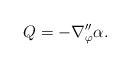
\begin{align*}Q=-\nabla^{\prime\prime}_\varphi\alpha. \end{align*}